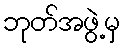
ဘုတ်အဖွဲ့မှ